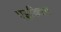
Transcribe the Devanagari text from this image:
एइड्यिन